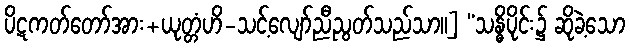
ပိဋကတ်တော်အား+ယုတ္တံဟိ-သင့်လျော်ညီညွတ်သည်သာ။] “သန္ဓိပိုင်း၌ ဆိုခဲ့သော